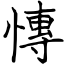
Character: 慱